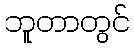
ဘူတာတွင်